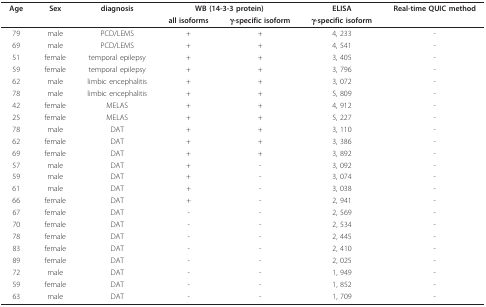
| Age | Sex | diagnosis | <COLSPAN=2> WB (14-3-3 protein) | ELISA | Real-time QUIC method |
 |  |  |  | all isoforms | γ-specific isoform | γ-specific isoform |  |
 | --- | --- | --- | --- | --- | --- | --- |
 | 79 | male | PCD/LEMS | + | + | 4, 233 | - |
 | 69 | male | PCD/LEMS | + | + | 4, 541 | - |
 | 51 | female | temporal epilepsy | + | + | 3, 405 | - |
 | 59 | female | temporal epilepsy | + | + | 3, 796 | - |
 | 62 | male | limbic encephalitis | + | + | 3, 072 | - |
 | 78 | male | limbic encephalitis | + | + | 5, 809 | - |
 | 42 | female | MELAS | + | + | 4, 912 | - |
 | 25 | female | MELAS | + | + | 5, 227 | - |
 | 78 | male | DAT | + | + | 3, 110 | - |
 | 62 | female | DAT | + | + | 3, 386 | - |
 | 69 | female | DAT | + | + | 3, 892 | - |
 | 57 | male | DAT | + | - | 3, 092 | - |
 | 59 | male | DAT | + | - | 3, 074 | - |
 | 61 | male | DAT | + | - | 3, 038 | - |
 | 66 | female | DAT | + | - | 2, 941 | - |
 | 67 | female | DAT | - | - | 2, 569 | - |
 | 70 | female | DAT | - | - | 2, 534 | - |
 | 78 | female | DAT | - | - | 2, 445 | - |
 | 83 | female | DAT | - | - | 2, 410 | - |
 | 89 | female | DAT | - | - | 2, 025 | - |
 | 72 | male | DAT | - | - | 1, 949 | - |
 | 59 | female | DAT | - | - | 1, 852 | - |
 | 63 | male | DAT | - | - | 1, 709 | - |